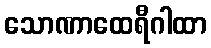
သောဏာထေရီဂါထာ